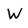
Character: W